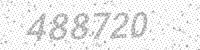
Solution: 488720